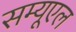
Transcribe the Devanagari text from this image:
सम्यूएल